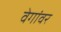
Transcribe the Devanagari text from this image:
वेगांवर